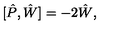
[ \hat { P } , \hat { W } ] = - 2 \hat { W } ,